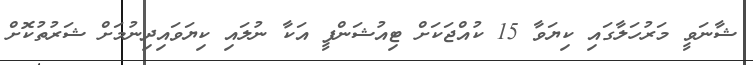
ޝާނަވީ މަރުހަލާގައި ކިޔަވާ 15 ކުއްޖަކަށް ޓިއުޝަންފީ އަކާ ނުލައި ކިޔަވައިދިނުމަށް ޝަރުތުކޮށް